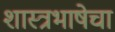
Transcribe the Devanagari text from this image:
शास्त्रभाषेचा